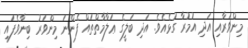
މިންވަރާއި އަދި އުމުރާ ގުޅެއެވެ. އަދި ބަލީގެ ޢަލާމާތްތައް ފެންނަ މިންވަރު ބިނާވެފައި